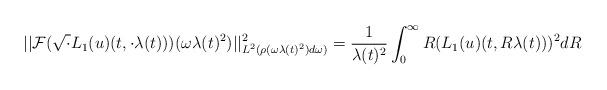
LaTeX: \begin{align*} ||\mathcal{F}(\sqrt{\cdot} L_{1}(u)(t,\cdot \lambda(t)))(\omega \lambda(t)^{2})||_{L^{2}(\rho(\omega \lambda(t)^{2})d\omega)}^{2} &=\frac{1}{\lambda(t)^{2}} \int_{0}^{\infty} R (L_{1}(u)(t,R\lambda(t)))^{2} dR\end{align*}